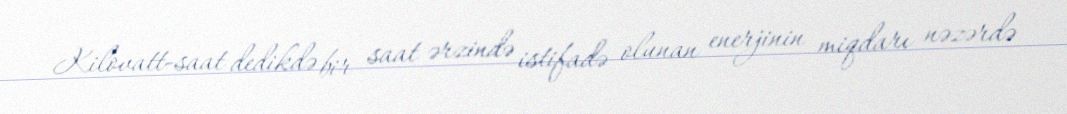
Kilovatt-saat dedikdə bir saat ərzində istifadə olunan enerjinin miqdarı nəzərdə